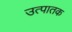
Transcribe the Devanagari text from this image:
उत्पातक